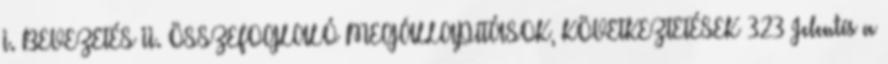
I. BEVEZETÉS II. ÖSSZEFOGLALÓ MEGÁLLAPÍTÁSOK, KÖVETKEZTETÉSEK 323 Jelentés a